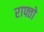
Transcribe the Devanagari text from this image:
राफ्तो